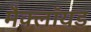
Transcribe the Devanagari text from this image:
मैक्लॉयड